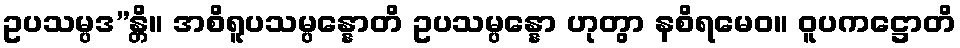
ဥပသမ္ပဒ”န္တိ။ အစိရူပသမ္ပန္နောတိ ဥပသမ္ပန္နော ဟုတွာ နစိရမေဝ။ ဝူပကဋ္ဌောတိ